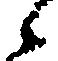
候